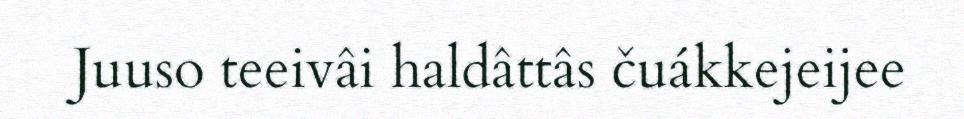
Juuso teeivâi haldâttâs čuákkejeijee